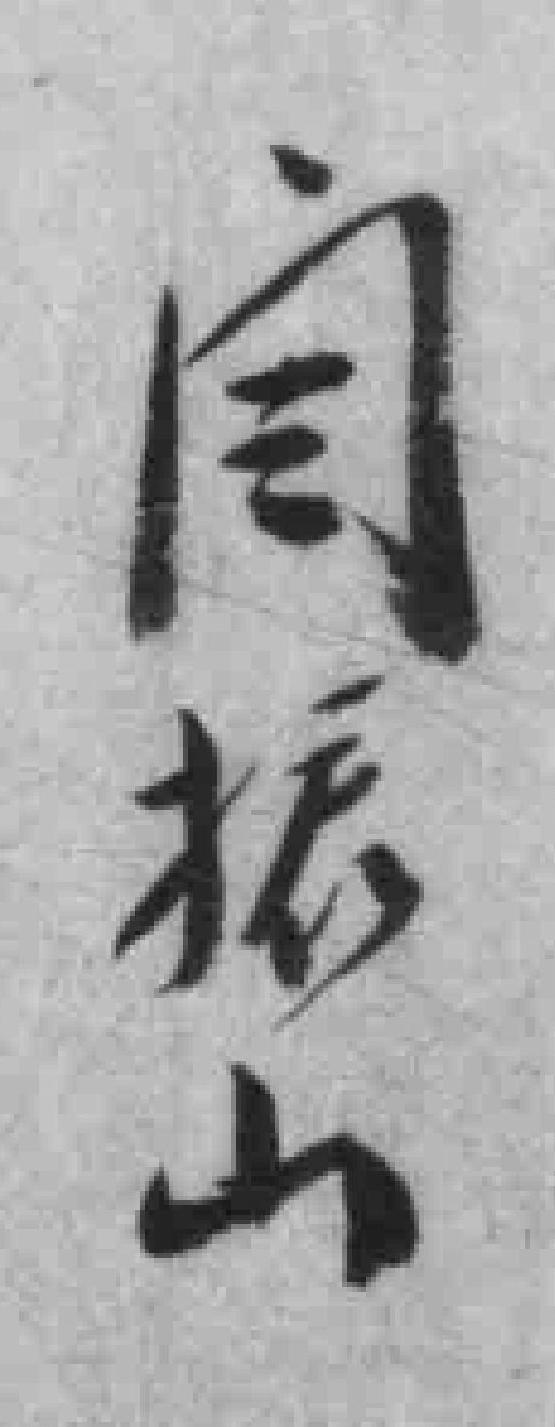
闫振山